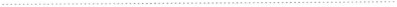
___